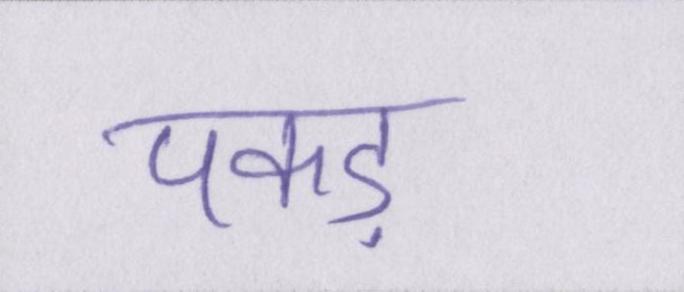
पकड़